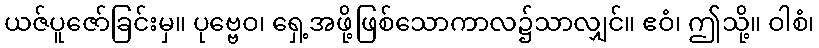
ယဇ်ပူဇော်ခြင်းမှ။ ပုဗ္ဗေဝ၊ ရှေ့အဖို့ဖြစ်သောကာလ၌သာလျှင်။ ဧဝံ၊ ဤသို့။ ဝါစံ၊